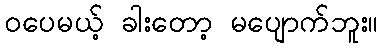
ဝပေမယ့် ခါးတော့ မပျောက်ဘူး။